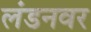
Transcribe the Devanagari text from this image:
लंडनवर